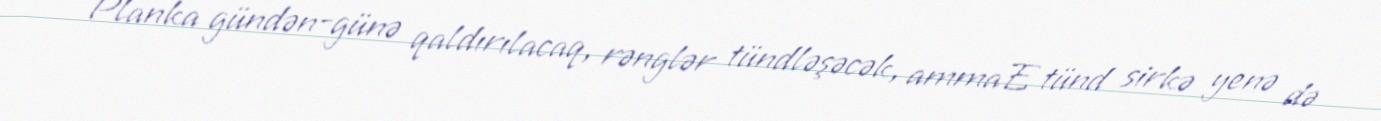
Planka gündən-günə qaldırılacaq, rənglər tündləşəcək, ammaE tünd sirkə yenə də